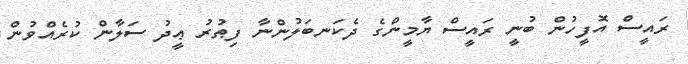
ރައީސް އޮފީހުން ބުނީ ރައީސް ޔާމީންގެ ދެކަނބަލުންނާ ފިޠުރު ޢީދު ސަލާން ކުރެއްވުން